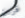
قرين